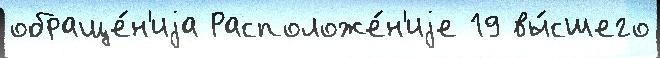
обраще́н'иjа Расположе́н'иjе 19 вы́сшего